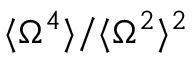
\langle \Omega ^ { 4 } \rangle / \langle \Omega ^ { 2 } \rangle ^ { 2 }